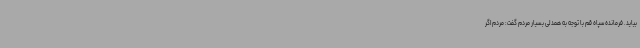
بیاید. فرمانده سپاه قم با توجه به همدلی بسیار مردم گفت: مردم اگر